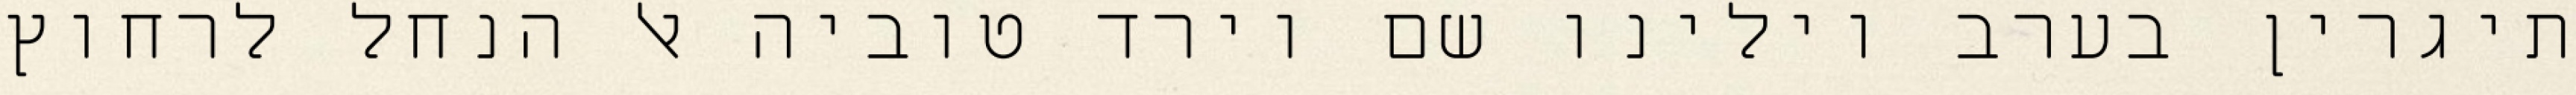
תיגרין בערב וילינו שם וירד טוביה אל הנחל לרחוץ